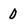
Character: 0